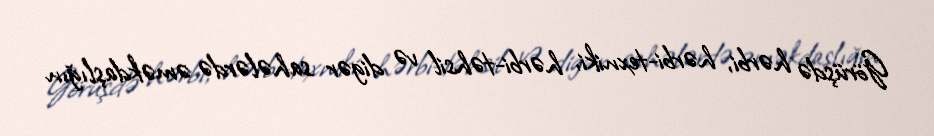
Görüşdə hərbi, hərbi-texniki, hərbi-təhsil və digər sahələrdə əməkdaşlığın